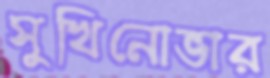
সুখিনোভার